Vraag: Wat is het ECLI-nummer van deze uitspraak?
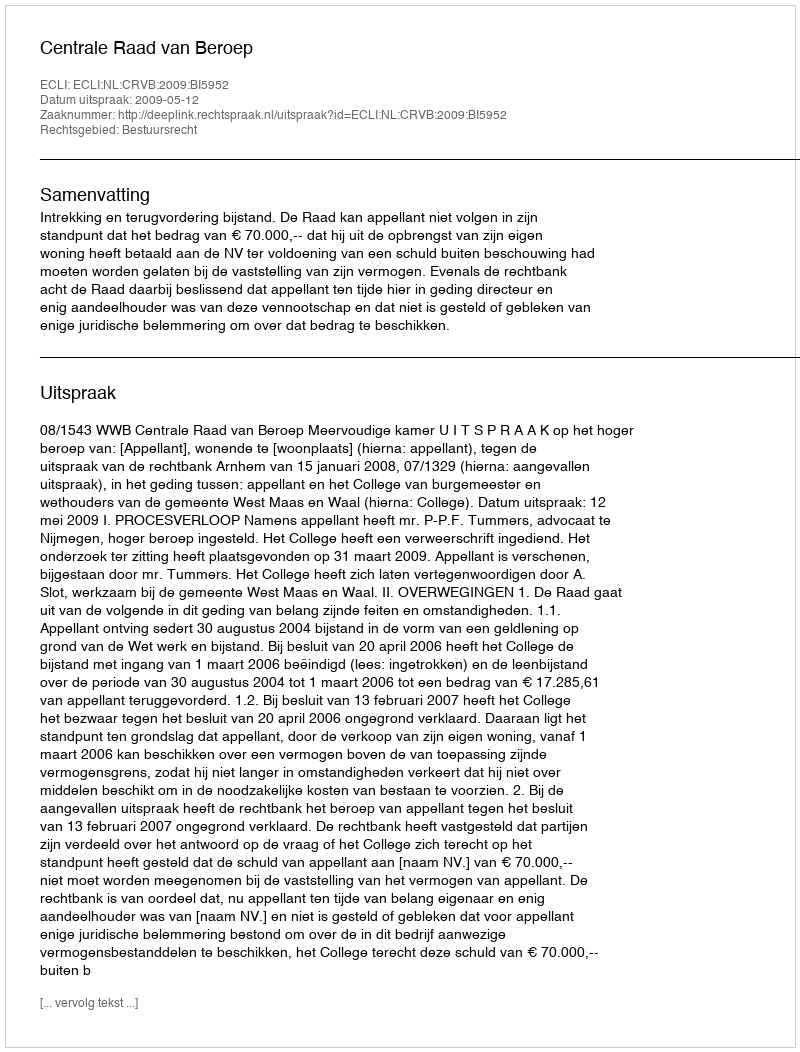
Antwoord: ECLI:NL:CRVB:2009:BI5952